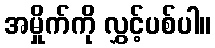
အမှိုက်ကို လွှင့်ပစ်ပါ။